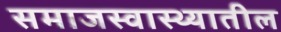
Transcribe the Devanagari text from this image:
समाजस्वास्थ्यातील